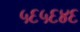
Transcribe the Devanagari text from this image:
५६५६४६